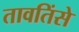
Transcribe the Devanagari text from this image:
तावतिंसे